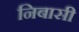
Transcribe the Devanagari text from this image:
निबासी